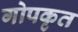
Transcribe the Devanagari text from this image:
गोपकृत